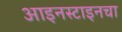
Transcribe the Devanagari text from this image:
आइनस्टाइनचा